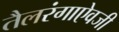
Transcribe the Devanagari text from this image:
तैलरंगाऐवजी